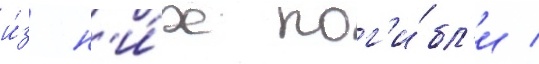
и́з н'и́х пог'и́бл'и /